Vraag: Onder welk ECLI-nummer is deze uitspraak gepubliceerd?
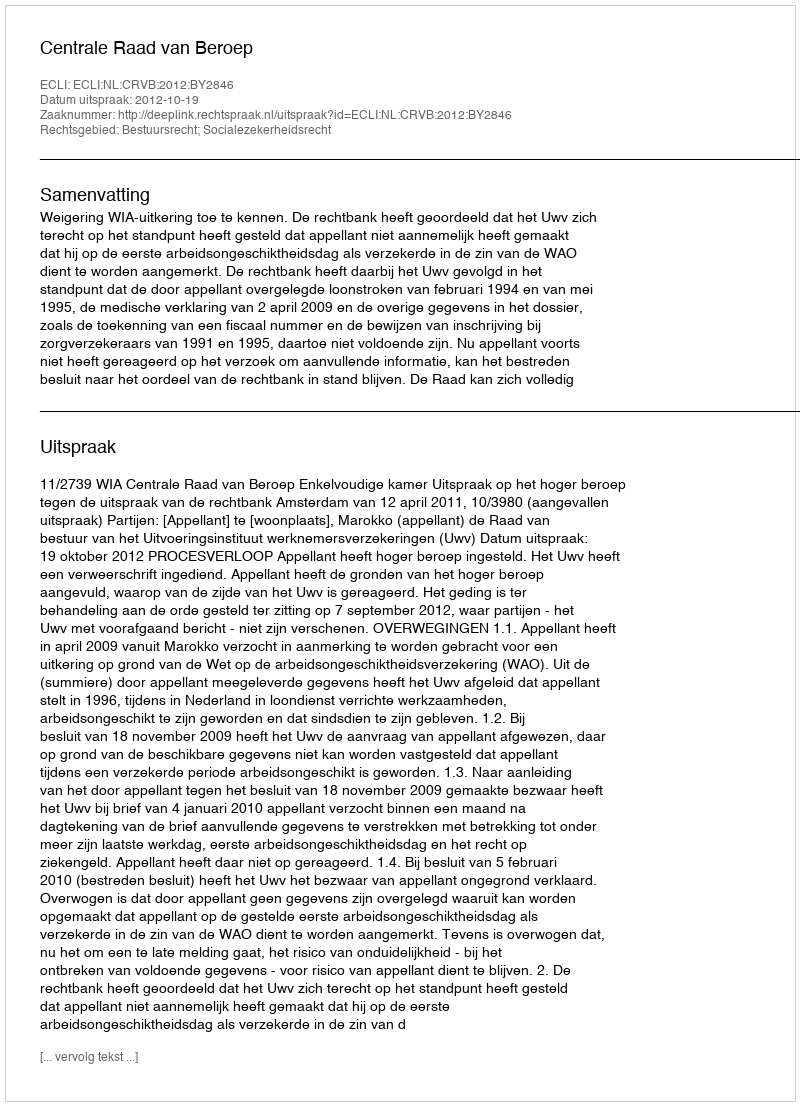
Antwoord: ECLI:NL:CRVB:2012:BY2846